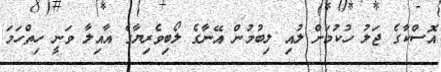
އޮސްކާގެ ޖަލު ހުކުމަށް ލުއި ލިބުމުން އޭނާގެ ލޯބިވެރިޔާގެ އާއިލާ ވަނީ ހިތްހަމަ